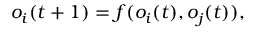
o _ { i } ( t + 1 ) = f ( o _ { i } ( t ) , o _ { j } ( t ) ) ,